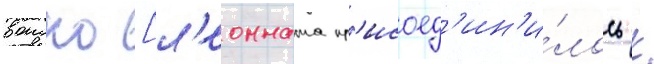
воиско [л'еонната пр'исоед'ин'и́лось к